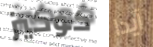
كوكيز آيدا